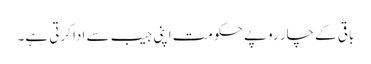
باقی کے چار روپے حکومت اپنی جیب سے ادا کرتی ہے۔